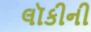
લૉકીની